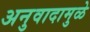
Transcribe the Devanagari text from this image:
अनुवादामुळे